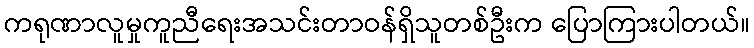
ကရုဏာလူမှုကူညီရေးအသင်းတာဝန်ရှိသူတစ်ဦးက ပြောကြားပါတယ်။